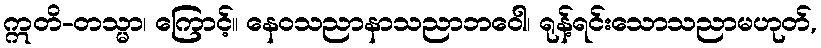
ဣတိ-တသ္မာ၊ ကြောင့်။ နေဝသညာနာသညာဘဝေါ၊ ရုန့်ရင်းသောသညာမဟုတ်,